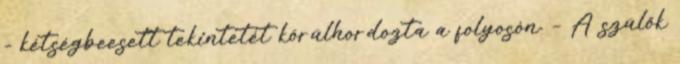
- kétségbeesett tekintetét körülhordozta a folyosón. – A szülők